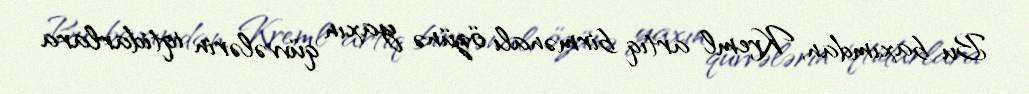
Bu baxımdan, Kreml artıq birmənalı özünə yaxın qüvvələrin iqtidarlara